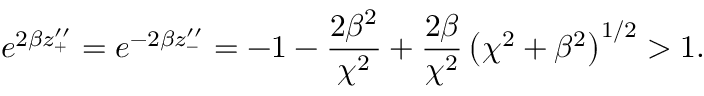
e ^ { 2 \beta z _ { + } ^ { \prime \prime } } = e ^ { - 2 \beta z _ { - } ^ { \prime \prime } } = - 1 - \frac { 2 \beta ^ { 2 } } { \chi ^ { 2 } } + \frac { 2 \beta } { \chi ^ { 2 } } \left( \chi ^ { 2 } + \beta ^ { 2 } \right) ^ { 1 / 2 } > 1 .